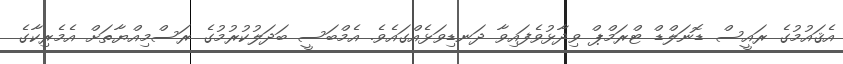
އެޤައުމުގެ ރައީސް ޑޮނަލްޑް ޓްރަމްޕް ވިދާޅުވެފައިވާ ދަނޑިވަޅެއްގައެވެ. އެމްބަސީ ބަދަލުކުރުމުގެ ރަސްމިއްޔާތަށް އެމެރިކާގެ